system: You are a helpful assistant.
user:
Analyze the provided spectrum to determine if it is a **Carbon Star (C-type)**.

- **Key Visual Indicators of Carbon Star:**
    - **(Primary):** Strong molecular absorption from **C₂ (diatomic carbon) "Swan Bands."** This is the **defining feature** of a carbon star.
        - **(Key Bandheads):** Sharp absorption edges are visible at approximately $5635$ Å, $5165$ Å (the strongest band), and $4737$ Å.
        - **(Line Profile):** Creates a distinct **"saw-tooth"** pattern. The key morphology is a sharp, steep bandhead on the **red (long-wavelength) side**, which then gradually tapers off (i.e., flux recovers) towards the **blue (short-wavelength) side**. *(This is the direct opposite of the TiO bands seen in M-type stars)*.

    - **(Secondary):** Intense **CN (cyanogen)** molecular absorption bands.
        - **(Key Bandheads):** Located in the blue and violet regions of the spectrum (e.g., near $4215$ Å and $3883$ Å).
        - **(Morphology):** These bands are extremely broad and act as a "blanket," absorbing the vast majority of blue and violet light. This creates a characteristic **"cliff"** or **"steep drop-off"** in the spectrum's flux at short wavelengths.

    - **(Key Confirmation):** Strong **CH absorption band (G-band)**.
        - **(Key Bandhead):** Located around $4300$ Å. The contribution from CH molecules to this band is exceptionally strong.

    - **(Overall Spectrum):**
        - The continuum is severely "chopped up" by these deep molecular bands, especially C₂, rather than appearing as a smooth curve.
        - Due to the heavy CN and C₂ absorption in the blue-green, the vast majority of the star's flux is concentrated in the red part of the spectrum, giving the star its characteristic deep red color.

Think first, call **spectral_visualization_tool** if needed to examine features in detail, then provide your final answer. Your response must adhere to the following strict rules:
1.  **Overall Structure:** Your response must follow the format `<think>...</think> <tool_call>...</tool_call> (if a tool is used) <answer>...</answer>`.
2.  **Tool Usage Constraint:** You may only make **one** tool call per turn.
3.  **Final Answer Format:** In the `<answer>` tag, your conclusion must be inside a `\boxed{}` command (e.g., `\boxed{YES}`), followed by your justification.

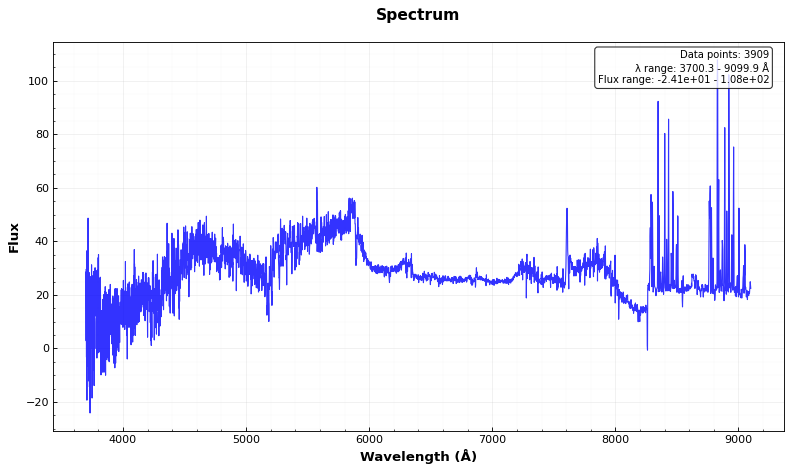
Answer: NO